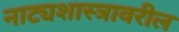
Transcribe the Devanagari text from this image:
नाट्यशास्त्रावरील